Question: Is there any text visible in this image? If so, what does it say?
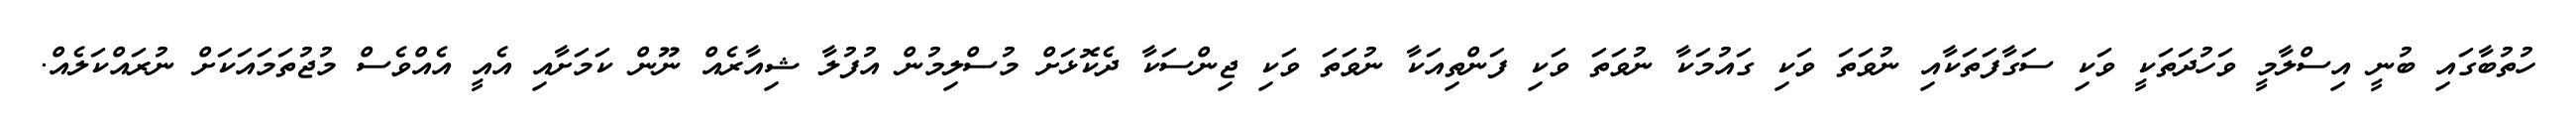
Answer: ހުތުބާގައި ބުނީ އިސްލާމީ ވަހުދަތަކީ ވަކި ސަގާފަތަކާއި ނުވަތަ ވަކި ގައުމަކާ ނުވަތަ ވަކި ފަންތިއަކާ ނުވަތަ ވަކި ޖިންސަކާ ދެކޮޅަށް މުސްލިމުން އުފުލާ ޝިއާރެއް ނޫން ކަމަށާއި އެއީ އެއްވެސް މުޖުތަމައަކަށް ނުރައްކަލެއް.